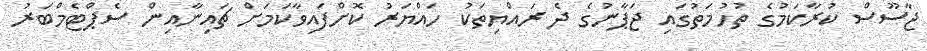
ޖާސޫސް ކުރާކަމުގެ ތުހުމަތުގައި ޖަޕާނުގެ ދެ ރައްޔިތަކު ހައްޔަރު ކޮށްފައިވާކަމަށް ޗައިނާއިން ސެޕްޓެމްބަރު